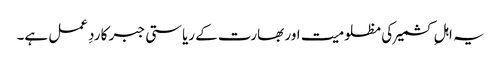
یہ اہلِ کشمیر کی مظلومیت اور بھارت کے ریاستی جبر کا ردِ عمل ہے۔